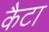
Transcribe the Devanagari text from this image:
कैटा